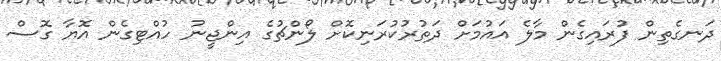
ދަނގެތިން ފުރައިގެން މާލެ އައުމަށް ދަތުރުކުރަނިކޮށް ލޯންޗުގެ އިންޖީނު ހުއްޓިގެން އޮޔާ ގޮސް